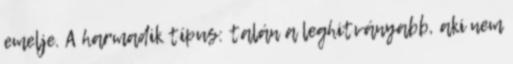
emelje. A harmadik típus: talán a leghitványabb, aki nem